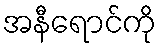
အနီရောင်ကို